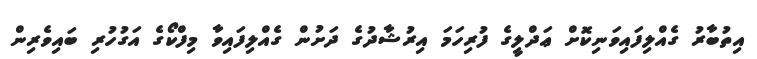
އިތުބާރު ގެއްލިފައިވަނިކޮށް ޢަދްލީގެ ފުރިހަމަ އިރުޝާދުގެ ދަށުން ގެއްލިފައިވާ މިފްކޯގެ އަގުހުރި ބައިވެރިން